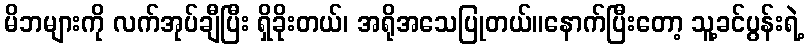
မိဘများကို လက်အုပ်ချီပြီး ရှိခိုးတယ်၊ အရိုအသေပြုတယ်။နောက်ပြီးတော့ သူ့ခင်ပွန်းရဲ့